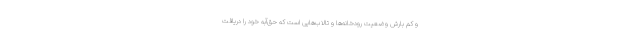
و کم بارش وضعیت رودخانه‌ها و تالاب‌هایی است که حق‌آبه خود را دریافت